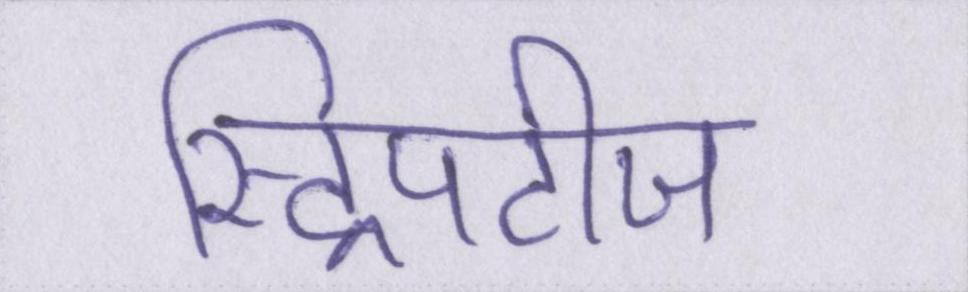
स्ट्रिपटीज